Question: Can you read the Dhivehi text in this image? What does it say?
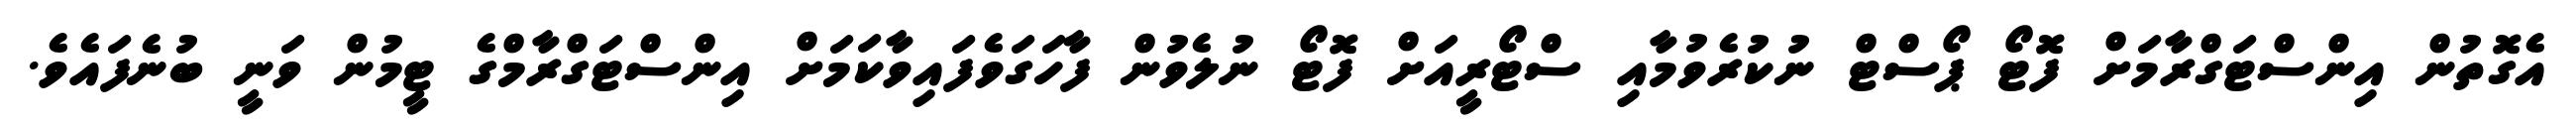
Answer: އެގޮތުން އިންސްޓަގްރާމަށް ފޮޓޯ ޕޯސްޓް ނުކުރެވުމާއި ސްޓޯރީއަށް ފޮޓޯ ނުލެވުން ފާހަގަވެފައިވާކަމަށް އިންސްޓަގްރާމްގެ ޓީމުން ވަނީ ބުނެފައެވެ.